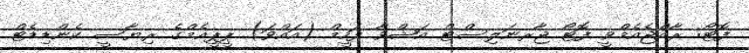
ފޮޓޯ: ރާއްޖެއެމްވީ ފޮޓޯ ޖާރނަލިސްޓް އަޝްވާ ފަހީމް (އައްވަ) ޕީޕީއެމްގެ ރިޔާސީ ކެންޑިޑެޓް